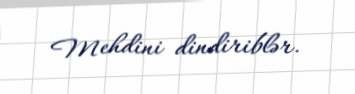
Mehdini dindiriblər.